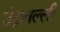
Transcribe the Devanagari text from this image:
उंद्रावल्ली